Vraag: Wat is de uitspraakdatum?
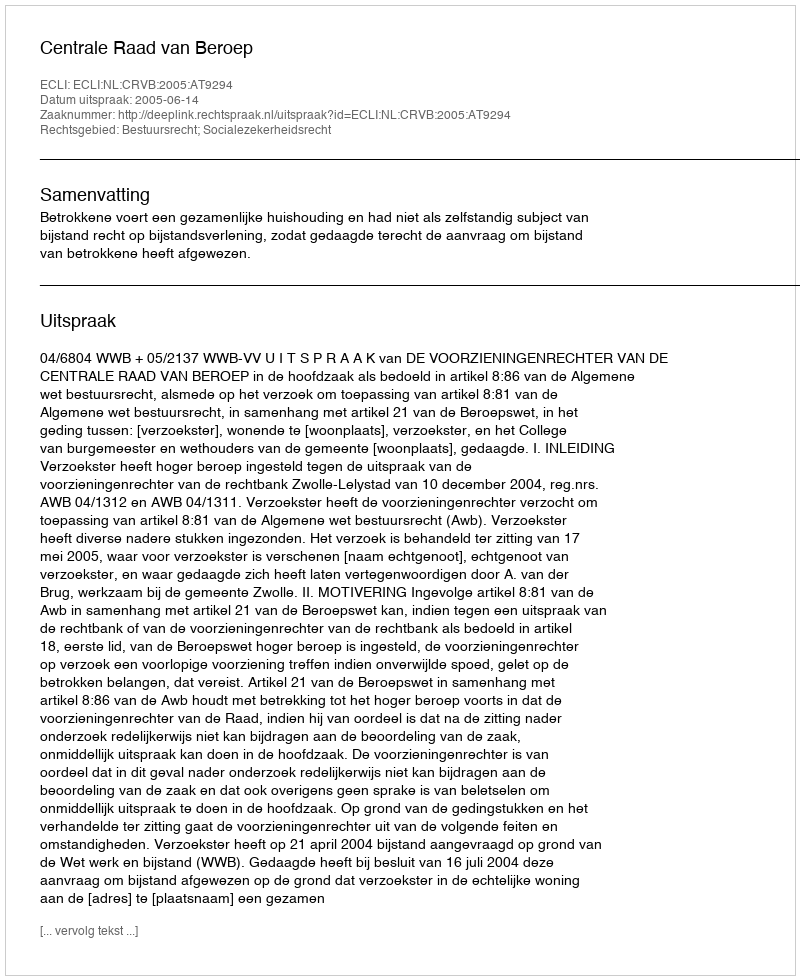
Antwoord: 2005-06-14